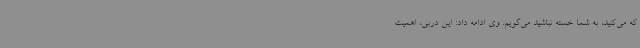
که می‌کنید، به شما خسته نباشید می‌گویم. وی ادامه داد: این دربی، اهمیت